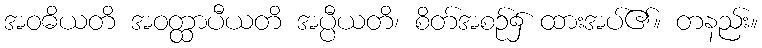
အဝဓိယတိ အဝတ္ထာပီယတိ အပ္ပီယတိ၊ စိတ်အစဉ်၌ ထားအပ်၏။ တနည်း။